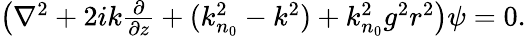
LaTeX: \begin{array}{r}{\left(\nabla^{2}+2ik\frac{\partial}{\partial z}+(k_{n_{0}}^{2}-k^{2})+k_{n_{0}}^{2}g^{2}r^{2}\right)\psi=0.}\end{array}